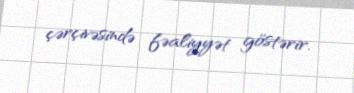
çərçivəsində fəaliyyət göstərir.